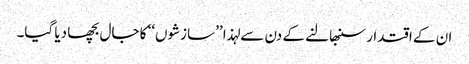
ان کے اقتدار سنبھالنے کے دن سے لہذا ’’سازشوں‘‘ کا جال بچھا دیا گیا۔